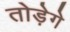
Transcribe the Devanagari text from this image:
तोड़ेगे